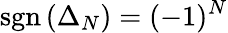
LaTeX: \mathrm{sgn}\left(\Delta_{N}\right)=(-1)^{N}